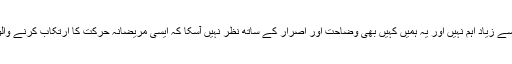
مگر اس قبیح حرکت کی روک تھام کے لیے کیا یہ سب سے زیاد اہم نہیں اور یہ ہمیں کہیں بھی وضاحت اور اصرار کے ساتھ نظر نہیں آسکا کہ ایسی مریضانہ حرکت کا ارتکاب کرنے والوں کی تعلیم و تربیت کا کوئی اہتمام بھی کیا جانا چاہیے؟